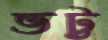
ভট্ট